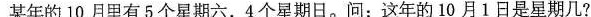
某年的10月里有5个星期六，4个星期日。问：这年的10月1日是星期几?